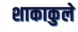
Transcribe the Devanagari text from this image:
शाकाकुले